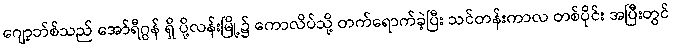
ဂျော့ဘ်စ်သည် အော်ရီဂွန် ရှိ ပို့လန်းမြို့၌ ကောလိပ်သို့ တက်ရောက်ခဲ့ပြီး သင်တန်းကာလ တစ်ပိုင်း အပြီးတွင်